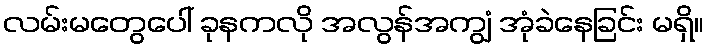
လမ်းမတွေပေါ် ခုနကလို အလွန်အကျွံ အုံခဲနေခြင်း မရှိ။